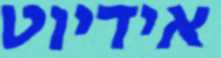
אידיוט